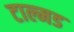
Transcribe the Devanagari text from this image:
टाल्मड